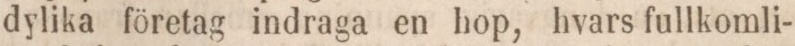
dylika företag indraga en hop, hvars fullkomli-